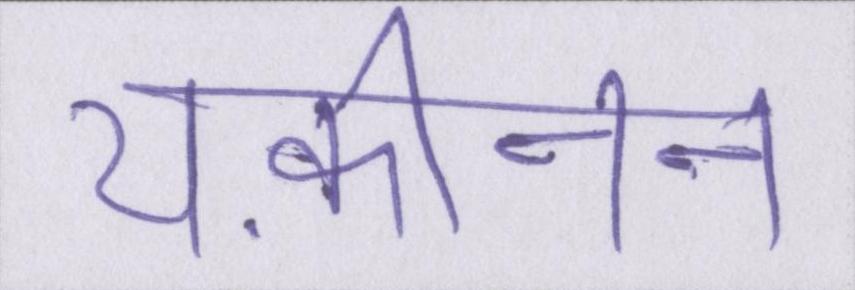
यक़ीनन